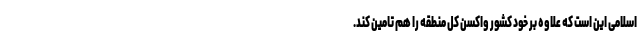
اسلامی این است که علاوه بر خود کشور واکسن کل منطقه را هم تامین کند.